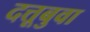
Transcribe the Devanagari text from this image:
दत्तूबुवा